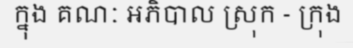
ក្នុង គណៈ អភិបាល ស្រុក - ក្រុង